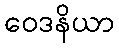
ဝေဒနိယာ